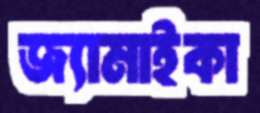
জ্যামাইকা